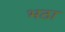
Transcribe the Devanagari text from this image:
भठा